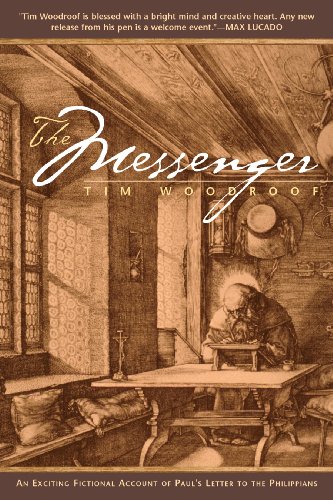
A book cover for The Messenger; Tim Woodroof; Christian Books & Bibles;